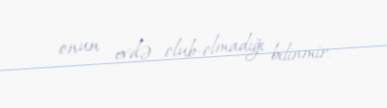
onun evdə olub-olmadığı bilinmir.